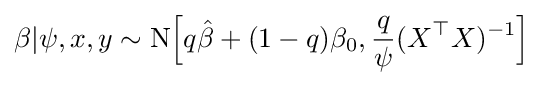
\beta |\psi ,x,y\sim {\text{N}}{\Big [}q{\hat {\beta }}+(1-q)\beta _{0},{\frac {q}{\psi }}(X^{\top }X)^{-1}{\Big ]}